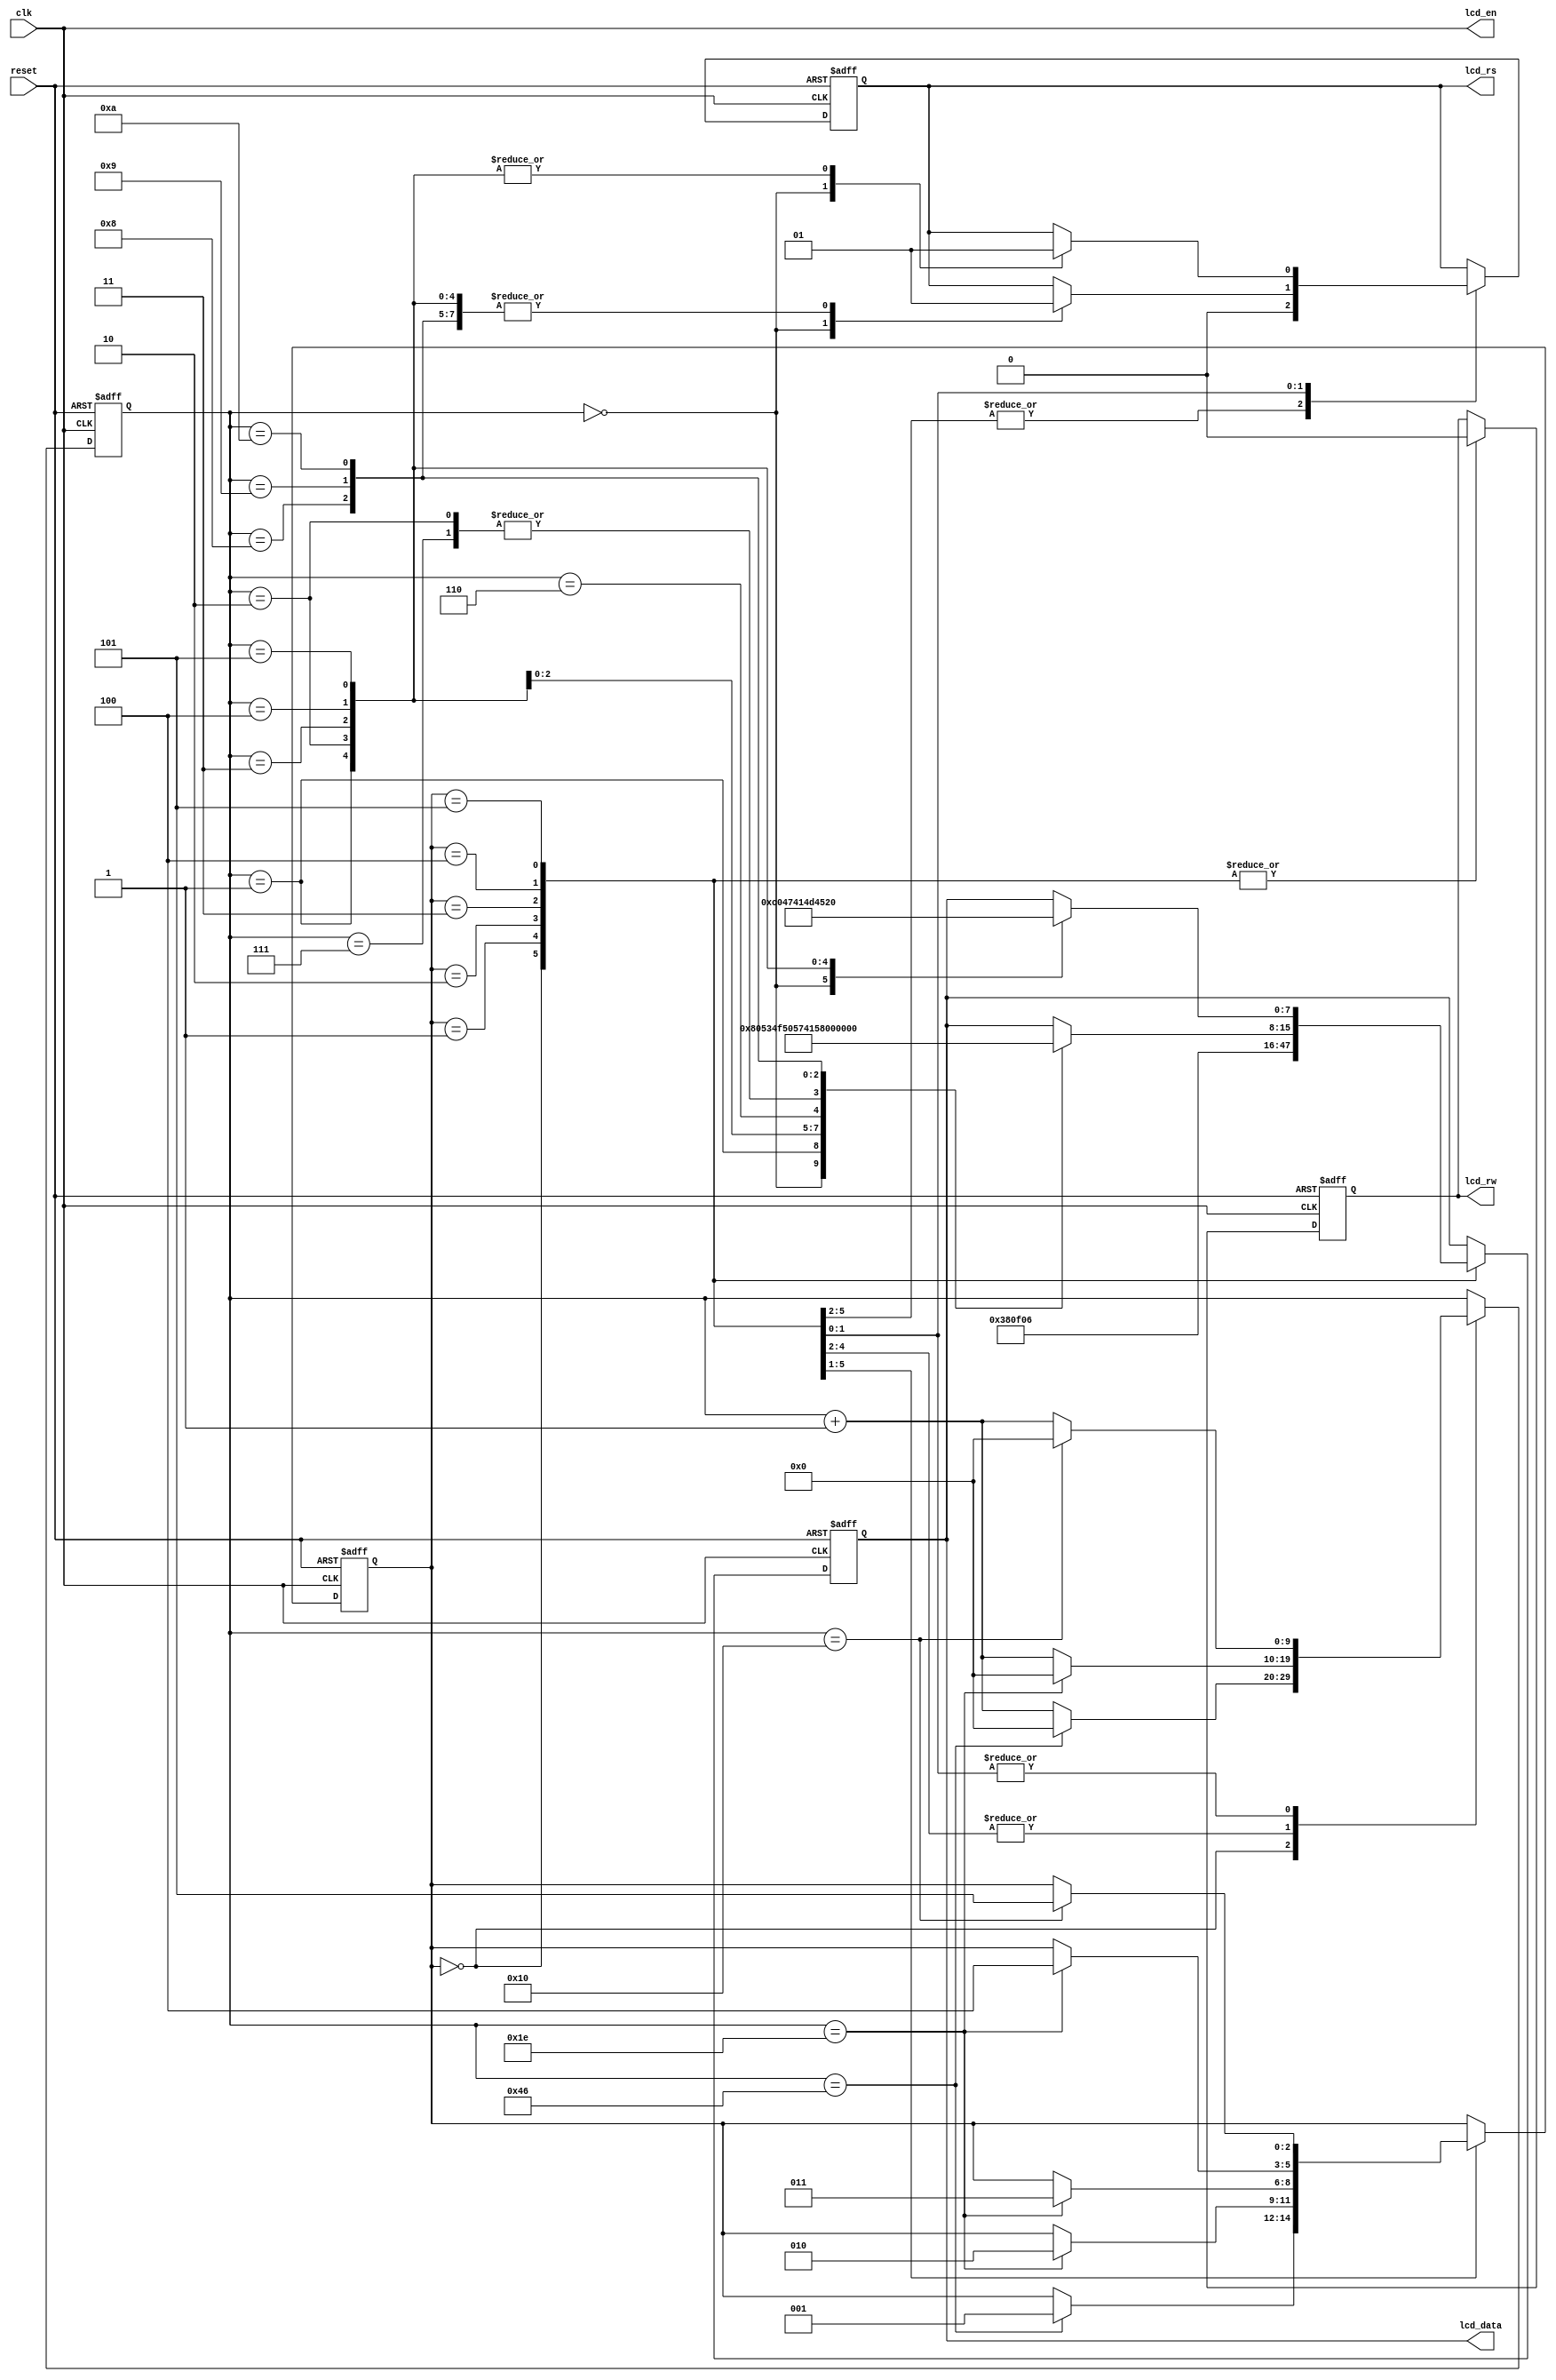
module text_lcd(
	input clk, reset,
	output lcd_en,
	output reg lcd_rs, lcd_rw,
	output reg [7:0] lcd_data
);

reg [9:0] count, shift_count;
reg [2:0] state;

parameter [2:0] delay		= 3'b000,
	        function_set		= 3'b001,
	        disp_on_off		= 3'b010,
	        entry_mode_set	= 3'b011,
	        Fline		= 3'b100,
	        Sline		= 3'b101;

assign lcd_en = clk;

always@(posedge clk or negedge reset) begin
	if(reset == 1'b0) begin
		state <= delay;
		count <= 0;
	end
	else
		case(state)
			delay		: if(count == 10'd70) begin
						state <= function_set;
						count <= 0;
					end
					else count <= count +1;

			function_set	: if(count == 10'd30) begin
						state <= disp_on_off;
						count <= 0;
					end
					else count <= count +1;

			disp_on_off	: if(count == 10'd30) begin
						state <= entry_mode_set;
						count <= 0;
					end
					else count <= count +1;

			entry_mode_set	: if(count == 10'd30) begin
						state <= Fline;
						count <= 0;
					end
					else count <= count +1;

			Fline		: if(count == 10'd16) begin
						state <= Sline;
						count <= 0;
					end
					else count <= count +1;

			Sline		: if(count == 10'd16) begin
						count <= 0;
					end
					else count <= count +1;
			default	: ;
			endcase
end

always@(posedge clk or negedge reset) begin
	if(reset == 1'b0) begin
		lcd_rs <= 1; lcd_rw <= 1;
		lcd_data <= 8'b0000_0000;
		shift_count <= 0;
	end
	else begin
		shift_count <= shift_count +1;
		case(state)
			delay		: begin lcd_rs <= 0; lcd_rw <= 0; lcd_data <= 8'b0000_0000; end
			function_set	: begin lcd_rs <= 0; lcd_rw <= 0; lcd_data <= 8'b0011_1000; end
			disp_on_off	: begin lcd_rs <= 0; lcd_rw <= 0; lcd_data <= 8'b0000_1111; end
			entry_mode_set	: begin lcd_rs <= 0; lcd_rw <= 0; lcd_data <= 8'b0000_0110; end
			Fline		: begin
				lcd_rw <= 0;
					case(count)
						0  : begin lcd_rs <= 0; lcd_data <= 8'd128; end	//DD RAM Address line 1

						1  : begin lcd_rs <= 1; lcd_data <= 8'd83; end	 //S
						2  : begin lcd_rs <= 1; lcd_data <= 8'd84; end	 //T
						3  : begin lcd_rs <= 1; lcd_data <= 8'd79; end	 //O
						4  : begin lcd_rs <= 1; lcd_data <= 8'd80; end	 //P
						5  : begin lcd_rs <= 1; lcd_data <= 8'd87; end	 //W
						6  : begin lcd_rs <= 1; lcd_data <= 8'd65; end	 //A		
						7  : begin lcd_rs <= 1; lcd_data <= 8'd84; end	 //T
						8  : begin lcd_rs <= 1; lcd_data <= 8'd67; end	 //C
						9  : begin lcd_rs <= 1; lcd_data <= 8'd72; end	 //H
						10 : begin lcd_rs <= 1; lcd_data <= 8'd32; end	 //space
						default	: ;
					endcase
				end

			Sline		: begin
				lcd_rw <= 0;
					case(count)
						0  : begin lcd_rs <= 0; lcd_data <= 8'd192; end	//DD RAM Address line 2

						1  : begin lcd_rs <= 1; lcd_data <= 8'd71; end	//G
						2  : begin lcd_rs <= 1; lcd_data <= 8'd65; end	//A
						3  : begin lcd_rs <= 1; lcd_data <= 8'd77; end	//M	
						4  : begin lcd_rs <= 1; lcd_data <= 8'd69; end	//E
						5 : begin lcd_rs <= 1; lcd_data <= 8'd32; end	 //space						
						default	: ;
					endcase
				end
		endcase
		
	end
end
endmodule